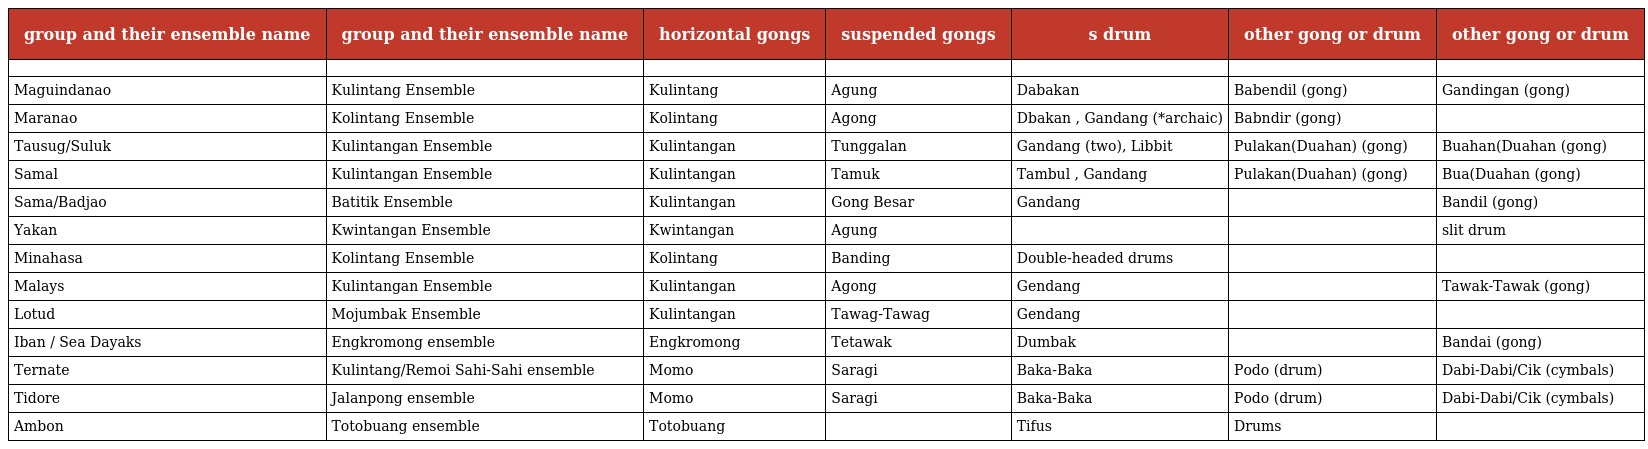
| group and their ensemble name | group and their ensemble name | horizontal gongs | suspended gongs | s drum | other gong or drum | other gong or drum |
 | --- | --- | --- | --- | --- | --- | --- |
 |  |  |  |  |  |  |  |
 | Maguindanao | Kulintang Ensemble | Kulintang | Agung | Dabakan | Babendil (gong) | Gandingan (gong) |
 | Maranao | Kolintang Ensemble | Kolintang | Agong | Dbakan , Gandang (*archaic) | Babndir (gong) |  |
 | Tausug/Suluk | Kulintangan Ensemble | Kulintangan | Tunggalan | Gandang (two), Libbit | Pulakan(Duahan) (gong) | Buahan(Duahan (gong) |
 | Samal | Kulintangan Ensemble | Kulintangan | Tamuk | Tambul , Gandang | Pulakan(Duahan) (gong) | Bua(Duahan (gong) |
 | Sama/Badjao | Batitik Ensemble | Kulintangan | Gong Besar | Gandang |  | Bandil (gong) |
 | Yakan | Kwintangan Ensemble | Kwintangan | Agung |  |  | slit drum |
 | Minahasa | Kolintang Ensemble | Kolintang | Banding | Double-headed drums |  |  |
 | Malays | Kulintangan Ensemble | Kulintangan | Agong | Gendang |  | Tawak-Tawak (gong) |
 | Lotud | Mojumbak Ensemble | Kulintangan | Tawag-Tawag | Gendang |  |  |
 | Iban / Sea Dayaks | Engkromong ensemble | Engkromong | Tetawak | Dumbak |  | Bandai (gong) |
 | Ternate | Kulintang/Remoi Sahi-Sahi ensemble | Momo | Saragi | Baka-Baka | Podo (drum) | Dabi-Dabi/Cik (cymbals) |
 | Tidore | Jalanpong ensemble | Momo | Saragi | Baka-Baka | Podo (drum) | Dabi-Dabi/Cik (cymbals) |
 | Ambon | Totobuang ensemble | Totobuang |  | Tifus | Drums |  |